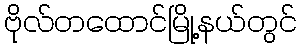
ဗိုလ်တထောင်မြို့နယ်တွင်